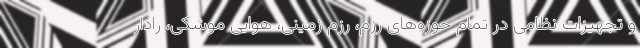
و تجهیزات نظامی در تمام حوزه‌های رزم، رزم زمینی، هوایی موشکی، رادار